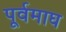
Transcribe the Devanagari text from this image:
पूर्वमाघ